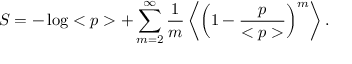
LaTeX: S = - \log < p > + \sum _ { m = 2 } ^ { \infty } \frac { 1 } { m } \left< \left( 1 - \frac { p } { < p > } \right) ^ { m } \right> .